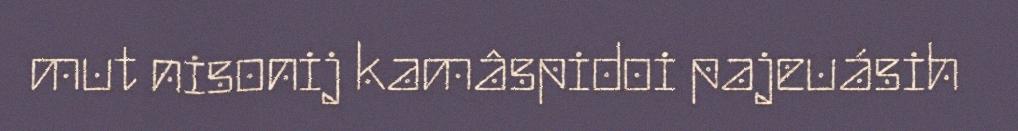
mut nisonij kamâspidoi pajeuásih